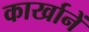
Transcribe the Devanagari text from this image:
कार्खानें